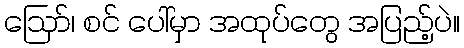
ဩော်၊ စင် ပေါ်မှာ အထုပ်တွေ အပြည့်ပဲ။